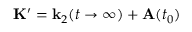
\mathbf { K } ^ { \prime } = \mathbf { k } _ { 2 } ( t \rightarrow \infty ) + \mathbf { A } ( t _ { 0 } )